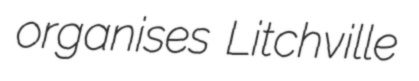
organises Litchville